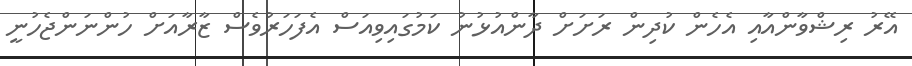
އޭރު ރިޝްވާންއާއި އެހެން ކުދިން ރަށަށް ދާންއުޅުނު ކަމުގައިވިއަސް އެފަހަރުވެސް ޒާރާއަށް ހުންނަންޖެހުނީ